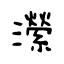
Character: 瀠